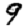
Digit: 9